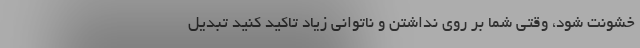
خشونت شود، وقتی شما بر روی نداشتن و ناتوانی زیاد تاکید کنید تبدیل